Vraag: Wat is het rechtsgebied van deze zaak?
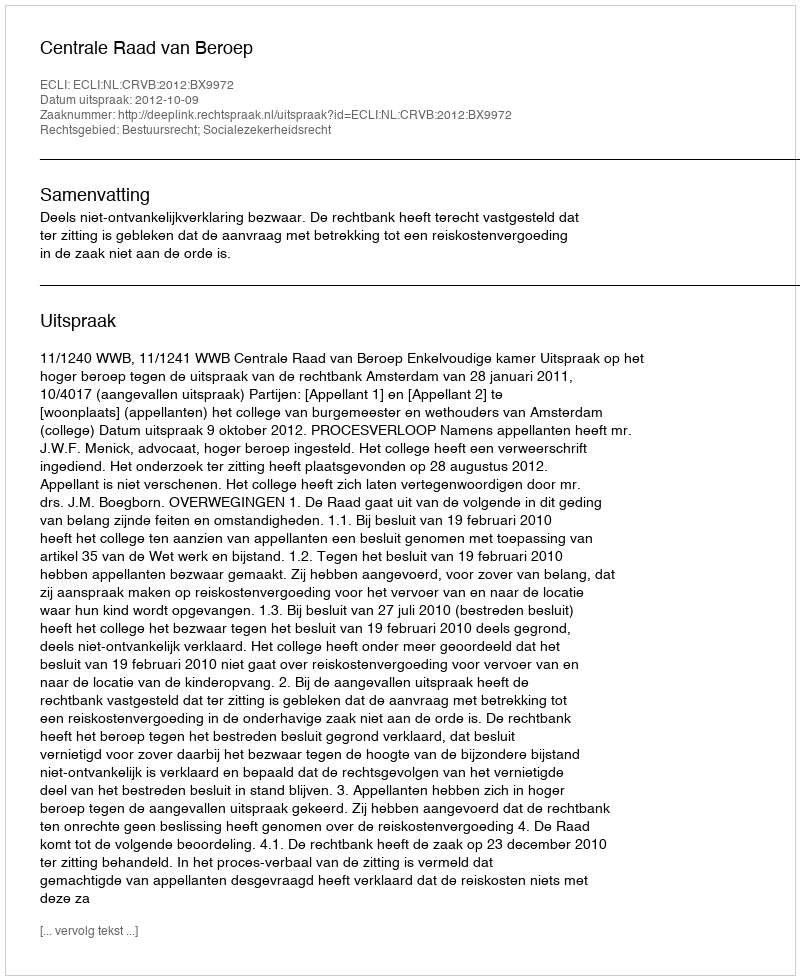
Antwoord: Bestuursrecht; Socialezekerheidsrecht